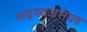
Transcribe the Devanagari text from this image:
अद्वयवज्रसंग्रह